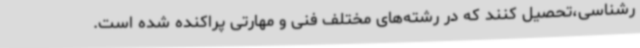
رشناسی،تحصیل کنند که در رشته‌های مختلف فنی و مهارتی پراکنده شده است.